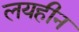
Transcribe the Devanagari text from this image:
लयहीन